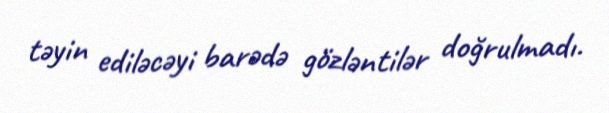
təyin ediləcəyi barədə gözləntilər doğrulmadı.